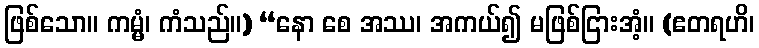
ဖြစ်သော။ ကမ္မံ၊ ကံသည်။) “နော စေ အဿ၊ အကယ်၍ မဖြစ်ငြားအံ့။ (ဧတရဟိ၊